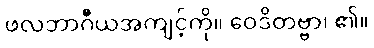
ဖလဘာဂီယအကျင့်ကို။ ဝေဒိတဗ္ဗာ၊ ၏။